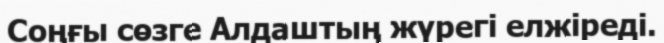
Соңғы сөзге Алдаштың жүрегі елжіреді.